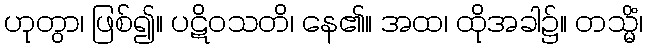
ဟုတွာ၊ ဖြစ်၍။ ပဋိဝသတိ၊ နေ၏။ အထ၊ ထိုအခါ၌။ တသ္မိံ၊